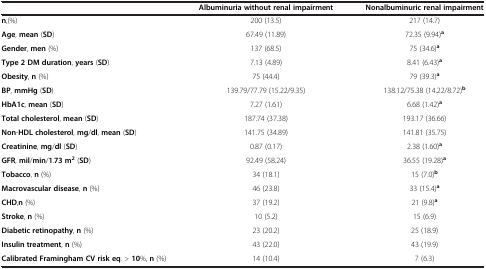
<table><thead><tr><td>[EMPTY_CELL]</td><td><b>Albuminuria without renal impairment</b></td><td><b>Nonalbuminuric renal impairment</b></td></tr></thead><tbody><tr><td><b>n</b>,(%)</td><td>200 (13.5)</td><td>217 (14.7)</td></tr><tr><td><b>Age</b>, <b>mean</b> (<b>SD</b>)</td><td>67.49 (11.89)</td><td>72.35 (9.94)<sup><b>a</b></sup></td></tr><tr><td><b>Gender</b>, <b>men</b> (%)</td><td>137 (68.5)</td><td>75 (34.6)<sup><b>a</b></sup></td></tr><tr><td><b>Type 2 DM duration</b>, <b>years</b> (<b>SD</b>)</td><td>7.13 (4.89)</td><td>8.41 (6.43)<sup><b>a</b></sup></td></tr><tr><td><b>Obesity</b>, <b>n</b> (%)</td><td>75 (44.4)</td><td>79 (39.3)<sup><b>a</b></sup></td></tr><tr><td><b>BP</b>, <b>mmHg</b> (<b>SD</b>)</td><td>139.79/77.79 (15.22/9.35)</td><td>138.12/75.38 (14.22/8.72)<sup><b>b</b></sup></td></tr><tr><td><b>HbA1c</b>, <b>mean</b> (<b>SD</b>)</td><td>7.27 (1.61)</td><td>6.68 (1.42)<sup><b>a</b></sup></td></tr><tr><td><b>Total cholesterol</b>, <b>mean</b> (<b>SD</b>)</td><td>187.74 (37.38)</td><td>193.17 (36.66)</td></tr><tr><td><b>Non</b>-<b>HDL cholesterol</b>, <b>mg</b>/<b>dl</b>, <b>mean</b> (<b>SD</b>)</td><td>141.75 (34.89)</td><td>141.81 (35.75)</td></tr><tr><td><b>Creatinine</b>, <b>mg</b>/<b>dl</b> (<b>SD</b>)</td><td>0.87 (0.17)</td><td>2.38 (1.60)<sup><b>a</b></sup></td></tr><tr><td><b>GFR</b>, <b>mil</b>/<b>min</b>/<b>1</b>.<b>73 m</b><sup><b>2</b></sup> (<b>SD</b>)</td><td>92.49 (58.24)</td><td>36.55 (19.28)<sup><b>a</b></sup></td></tr><tr><td><b>Tobacco</b>, <b>n</b> (%)</td><td>34 (18.1)</td><td>15 (7.0)<sup><b>b</b></sup></td></tr><tr><td><b>Macrovascular disease</b>, <b>n</b> (%)</td><td>46 (23.8)</td><td>33 (15.4)<sup><b>a</b></sup></td></tr><tr><td><b>CHD</b>,<b>n</b> (%)</td><td>37 (19.2)</td><td>21 (9.8)<sup><b>a</b></sup></td></tr><tr><td><b>Stroke</b>, <b>n</b> (%)</td><td>10 (5.2)</td><td>15 (6.9)</td></tr><tr><td><b>Diabetic retinopathy</b>, <b>n</b> (%)</td><td>23 (20.2)</td><td>25 (18.9)</td></tr><tr><td><b>Insulin treatment</b>, <b>n</b> (%)</td><td>43 (22.0)</td><td>43 (19.9)</td></tr><tr><td><b>Calibrated Framingham CV risk eq</b>. &amp;<b>10</b>%, <b>n</b> (%)</td><td>14 (10.4)</td><td>7 (6.3)</td></tr></tbody></table>